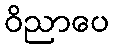
ဝိညာပေ